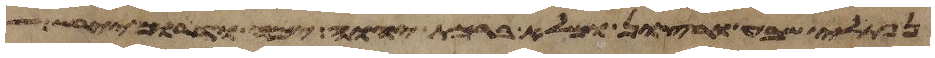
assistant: נפתלי שבע ורצון ומלא ברכת יהוה ימה ודרום יירש